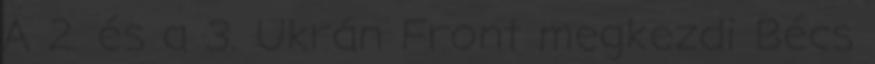
A 2. és a 3. Ukrán Front megkezdi Bécs